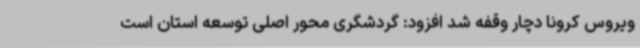
ویروس کرونا دچار وقفه شد افزود: گردشگری محور اصلی توسعه استان است